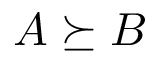
A \succeq B